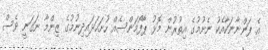
އެ ފަންނާނަކާއެކު ނެށުމުގެ އިތުރުން މޮޅު ޕާފޯމަންސެއް ހުށަހަޅައިދިނުމުގެ ޒިންމާ ނަގަނީ ވެސް